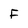
Character: f